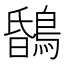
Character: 𪂆